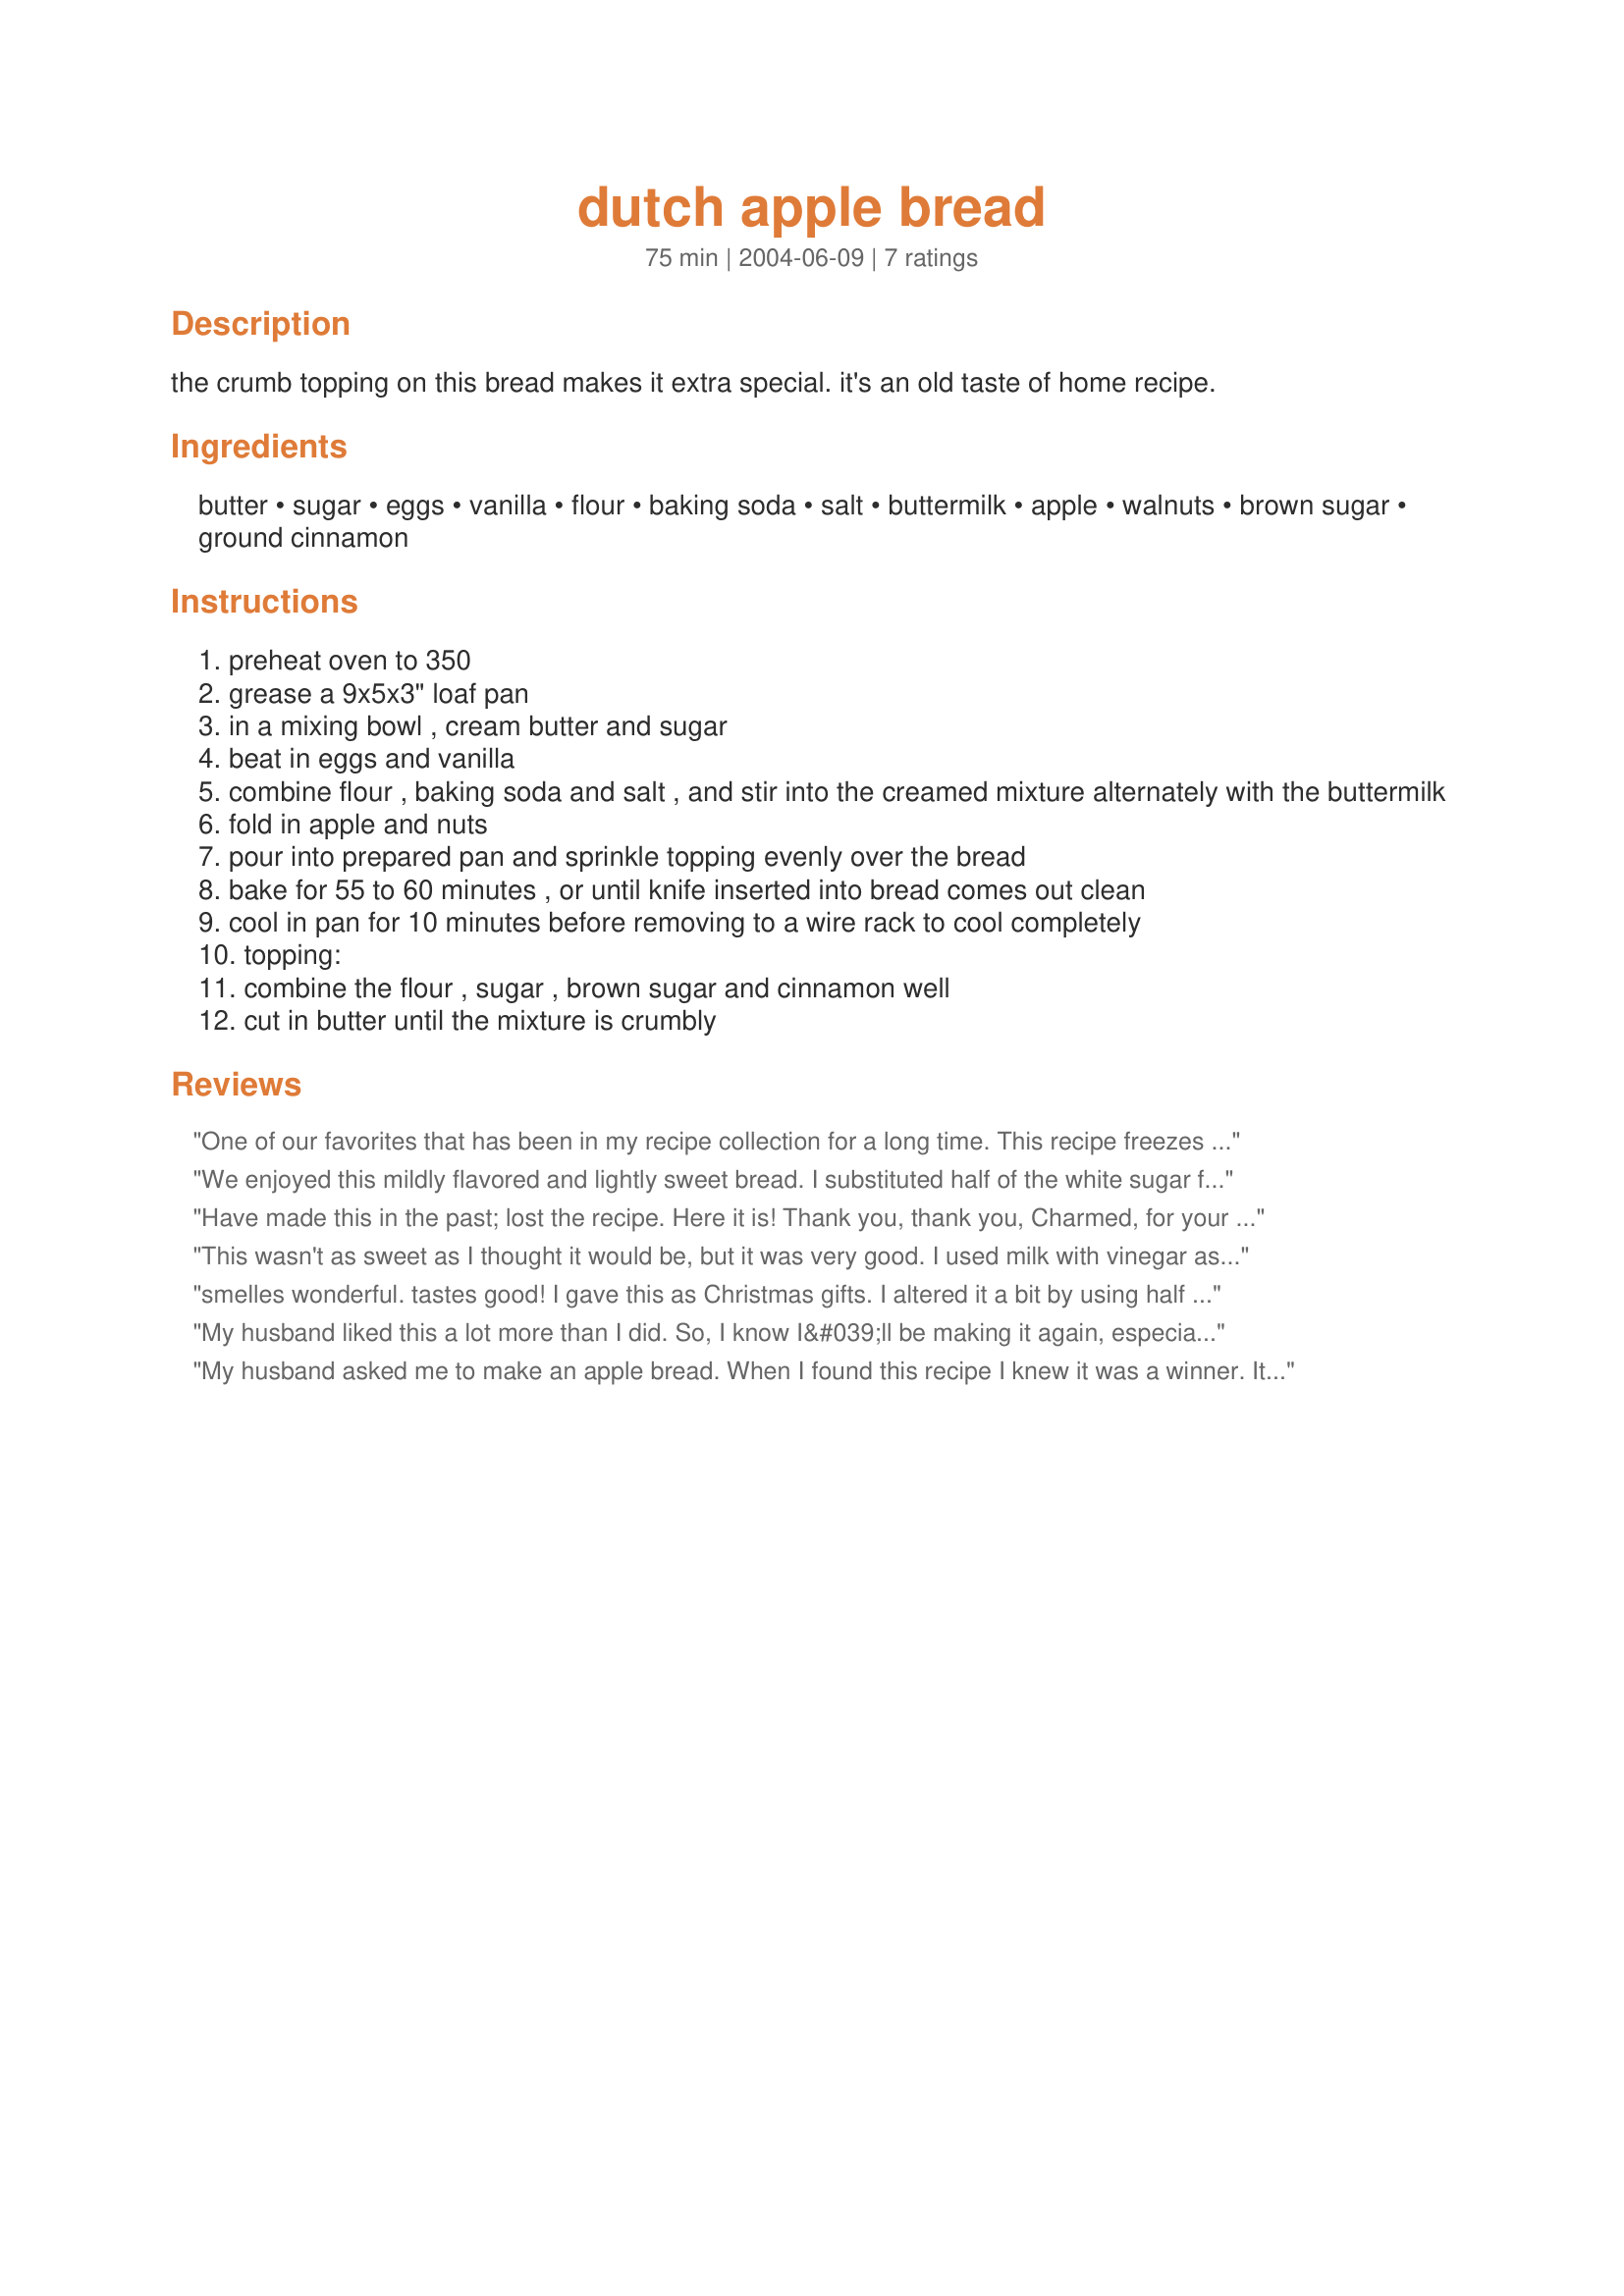
dutch apple bread
Preparation time: 75 minutes

the crumb topping on this bread makes it extra special. it's an old taste of home recipe.

Ingredients:
butter, sugar, eggs, vanilla, flour, baking soda, salt, buttermilk, apple, walnuts, brown sugar, ground cinnamon

Steps:
preheat oven to 350
grease a 9x5x3" loaf pan
in a mixing bowl , cream butter and sugar
beat in eggs and vanilla
combine flour , baking soda and salt , and stir into the creamed mixture alternately with the buttermilk
fold in apple and nuts
pour into prepared pan and sprinkle topping evenly over the bread
bake for 55 to 60 minutes , or until knife inserted into bread comes out clean
cool in pan for 10 minutes before removing to a wire rack to cool completely
topping:
combine the flour , sugar , brown sugar and cinnamon well
cut in butter until the mixture is crumbly

Reviews:
One of our favorites that has been in my recipe collection for a long time. This recipe freezes well; I often double or triple the recipe so that I can freeze some and pull it out when needed. Thanks for posting! : )
We enjoyed this mildly flavored and lightly sweet bread. I substituted half of the white sugar for brown sugar and I used one cup of finely chopped granny smith apples. We warmed up buttered slices of the bread for breakfast. We especially liked the crumb topping.
Have made this in the past; lost the recipe. Here it is! Thank you, thank you, Charmed, for your posting it.
This wasn't as sweet as I thought it would be, but it was very good. I used milk with vinegar as I had no buttermilk, and I ran out of sugar, so used about 2/3 dark brown sugar. I also made as muffins as I don't have a loaf pan (baked about 25-30 minutes, didn't time exactly). Loved the topping (though there was too much for 12 muffins). Will definitely make again!
smelles wonderful. tastes good! I gave this as Christmas gifts.
I altered it a bit by using half white sugar and half brown and using some apple juice in place of half of the buttermilk.
My husband liked this a lot more than I did. So, I know I&#039;ll be making it again, especially in Autumn. For me, there wasn&#039;t enough flavor in the bread itself, so next time I&#039;ll add some cinnamon and sugar to the batter. I used one gala apple and it worked well. We both liked the topping and was excited at how delicious the house smelled after baking the bread. Thanks for posting, I put this in my favorites for another chilly day.
My husband asked me to make an apple bread. When I found this recipe I knew it was a winner. It smelled the whole house of fresh baked apples and tasty just as good. Everyone loved it. I will definetly make this again. Thanks for sharing.
